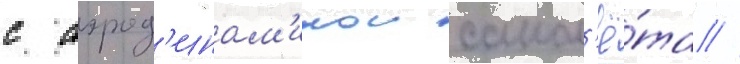
с аэрод'инам'икои самол'ё́та //